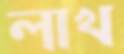
লাখ